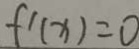
f ^ { \prime } ( x ) = 0